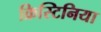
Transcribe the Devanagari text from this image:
क्रिस्टिनिया